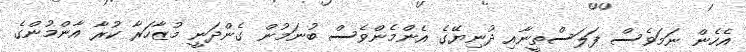
އެހެން ނަމަވެސް ފަލަސްތީނާއި ދުނިޔޭގެ އެންމެންވެސް ބުނަމުން ގެންދަނީ މުޒާހަރާ ކުރާ އާންމުންގެ